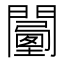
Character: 𨶾